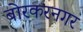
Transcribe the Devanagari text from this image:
बोरकरनगर